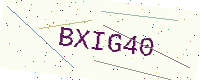
Text: BXIG40